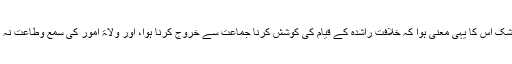
اور بے شک اس کا یہی معنی ہوا کہ خلافت راشدہ کے قیام کی کوشش کرنا جماعت سے خروج کرنا ہوا، اور ولاۃ امور کی سمع وطاعت نہ کرنا ہوا۔